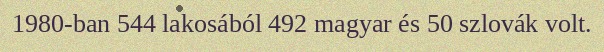
1980-ban 544 lakosából 492 magyar és 50 szlovák volt.